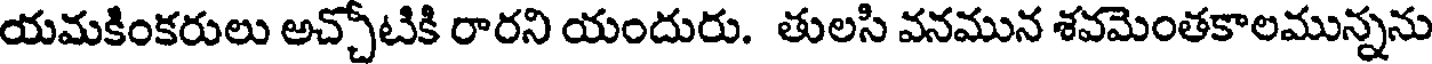
యమకింకరులు అచ్చోటికి రారని యందురు. తులసి వనమున శవమెంతకాలమున్నను